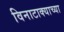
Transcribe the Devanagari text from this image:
विनाटाक्‍याच्या